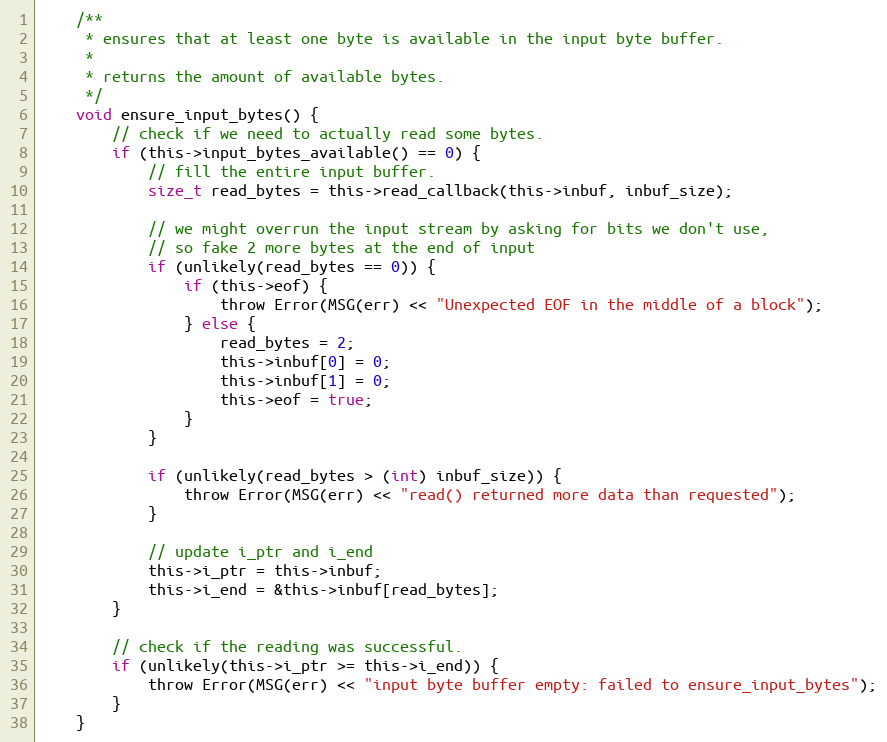
Language: C
	/**
	 * ensures that at least one byte is available in the input byte buffer.
	 *
	 * returns the amount of available bytes.
	 */
	void ensure_input_bytes() {
		// check if we need to actually read some bytes.
		if (this->input_bytes_available() == 0) {
			// fill the entire input buffer.
			size_t read_bytes = this->read_callback(this->inbuf, inbuf_size);

			// we might overrun the input stream by asking for bits we don't use,
			// so fake 2 more bytes at the end of input
			if (unlikely(read_bytes == 0)) {
				if (this->eof) {
					throw Error(MSG(err) << "Unexpected EOF in the middle of a block");
				} else {
					read_bytes = 2;
					this->inbuf[0] = 0;
					this->inbuf[1] = 0;
					this->eof = true;
				}
			}

			if (unlikely(read_bytes > (int) inbuf_size)) {
				throw Error(MSG(err) << "read() returned more data than requested");
			}

			// update i_ptr and i_end
			this->i_ptr = this->inbuf;
			this->i_end = &this->inbuf[read_bytes];
		}

		// check if the reading was successful.
		if (unlikely(this->i_ptr >= this->i_end)) {
			throw Error(MSG(err) << "input byte buffer empty: failed to ensure_input_bytes");
		}
	}